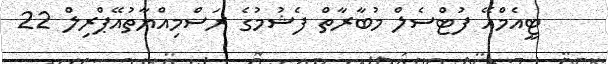
ޓީއެމްއޭ ފުޓްސެލް މުބާރާތް ފެޝުމުގެ ރަސްމިއްޔާތުއޭޕްރިލް 22